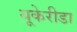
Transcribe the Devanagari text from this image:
यूकेरीडा